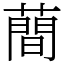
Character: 蕳